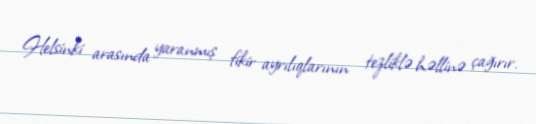
Helsinki arasında yaranmış fikir ayrılıqlarının tezliklə həllinə çağırır.